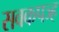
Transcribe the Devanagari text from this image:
सवकपञ्ह